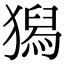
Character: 獡